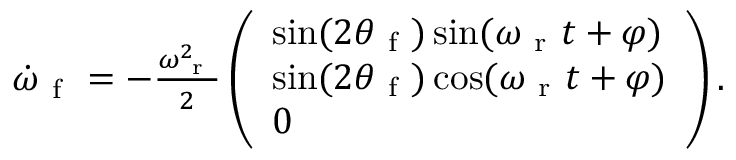
\begin{array} { r } { \boldsymbol { \dot { \omega } } _ { \mathrm { ~ f ~ } } = - \frac { \omega _ { \mathrm { ~ r ~ } } ^ { 2 } } { 2 } \left( \begin{array} { l } { \sin ( 2 \theta _ { \mathrm { ~ f ~ } } ) \sin ( \omega _ { \mathrm { ~ r ~ } } t + \varphi ) } \\ { \sin ( 2 \theta _ { \mathrm { ~ f ~ } } ) \cos ( \omega _ { \mathrm { ~ r ~ } } t + \varphi ) } \\ { 0 } \end{array} \right) . } \end{array}